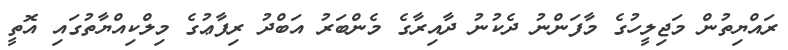
ރައްޔިތުން މަޖިލީހުގެ މާފަންނު ދެކުނު ދާއިރާގެ މެންބަރު އަބްދު ރިފާޢުގެ މިލްކިއްޔާތުގައި އޮތީ